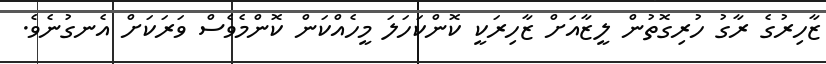
ޒާހިރުގެ ރާގު ހުރިގޮތުން ލީޒާއަށް ޒާހިރަކީ ކޮންކަހަލަ މީހެއްކަން ކޮންމެވެސް ވަރަކަށް އެނގުނެވެ.